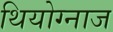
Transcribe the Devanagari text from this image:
थियोग्नाज